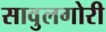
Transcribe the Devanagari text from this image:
सावुलगोरी